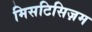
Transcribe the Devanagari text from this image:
मिसटिसिज़म